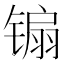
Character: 䦂